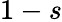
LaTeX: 1-s